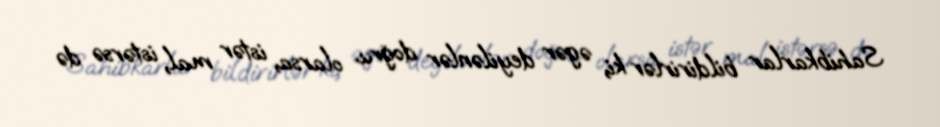
Sahibkarlar bildirirlər ki, əgər deyilənlər doğru olarsa, istər mal, istərsə də